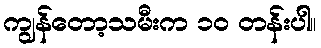
ကျွန်တော့သမီးက ၁၀ တန်းပါ။